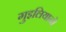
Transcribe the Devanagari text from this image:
गुइलियानो